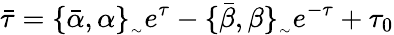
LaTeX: \bar{\tau}=\{ \bar{\alpha},\alpha\} _{_{\sim}}e^{\tau}-\{ \bar{\beta},\beta\} _{_{\sim}}e^{-\tau}+\tau_{0}